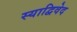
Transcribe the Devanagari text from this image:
स्याद्विवेद